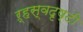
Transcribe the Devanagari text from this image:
ऱ्हस्वदृष्टी